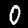
Digit: 0